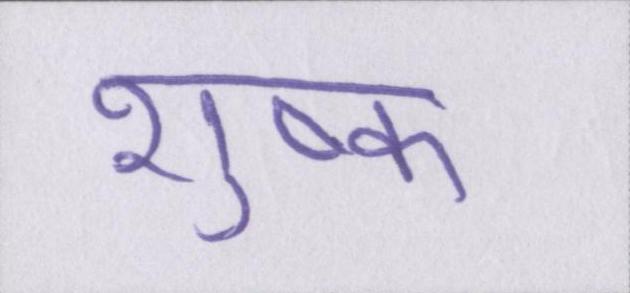
शुष्क